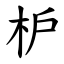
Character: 枦